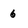
Character: 6